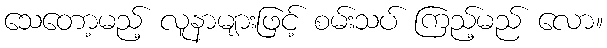
သေတော့မည့် လူနာများဖြင့် စမ်းသပ် ကြည့်မည် လော။